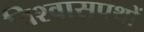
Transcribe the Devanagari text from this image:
विश्वासपथों